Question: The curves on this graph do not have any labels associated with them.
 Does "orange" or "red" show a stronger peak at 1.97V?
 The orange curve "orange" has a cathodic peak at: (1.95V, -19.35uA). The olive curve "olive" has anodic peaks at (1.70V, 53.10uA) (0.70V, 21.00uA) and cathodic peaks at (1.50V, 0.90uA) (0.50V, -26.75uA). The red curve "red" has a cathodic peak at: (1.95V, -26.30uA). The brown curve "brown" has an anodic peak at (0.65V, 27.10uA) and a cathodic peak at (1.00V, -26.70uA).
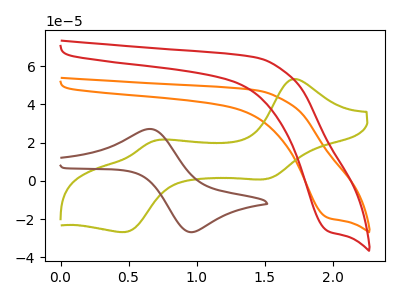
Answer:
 <answer>The peak at 1.97V is lower in "orange" than in "red".</answer>
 <eval>lower</eval>